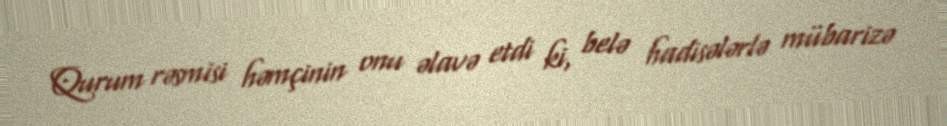
Qurum rəsmisi həmçinin onu əlavə etdi ki, belə hadisələrlə mübarizə